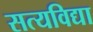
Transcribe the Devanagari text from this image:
सत्यविद्या